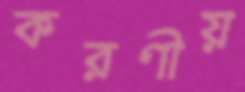
করণীয়